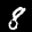
Label: 8